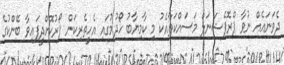
ދެވަނައެއް ނުވާ ޕްރޮފެޝަނަލް މަސައްކަތާއެކު މި ކާމިޔާބު ހޯދުމުގައި އެހީތެރިކަން ފޯރުކޮށްދީފައިވާ ބޭންކުގެ